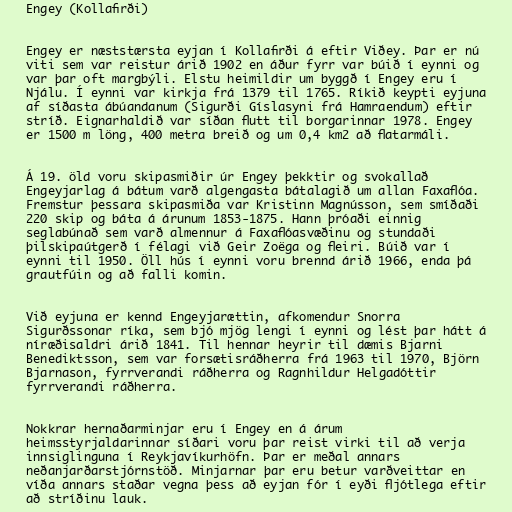
Engey (Kollafirði)

Engey er næststærsta eyjan í Kollafirði á eftir Viðey. Þar er nú
viti sem var reistur árið 1902 en áður fyrr var búið í eynni og
var þar oft margbýli. Elstu heimildir um byggð í Engey eru í
Njálu. Í eynni var kirkja frá 1379 til 1765. Ríkið keypti eyjuna
af síðasta ábúandanum (Sigurði Gíslasyni frá Hamraendum) eftir
stríð. Eignarhaldið var síðan flutt til borgarinnar 1978. Engey
er 1500 m löng, 400 metra breið og um 0,4 km2 að flatarmáli.

Á 19. öld voru skipasmiðir úr Engey þekktir og svokallað
Engeyjarlag á bátum varð algengasta bátalagið um allan Faxaflóa.
Fremstur þessara skipasmiða var Kristinn Magnússon, sem smíðaði
220 skip og báta á árunum 1853-1875. Hann þróaði einnig
seglabúnað sem varð almennur á Faxaflóasvæðinu og stundaði
þilskipaútgerð í félagi við Geir Zoëga og fleiri. Búið var í
eynni til 1950. Öll hús í eynni voru brennd árið 1966, enda þá
grautfúin og að falli komin.

Við eyjuna er kennd Engeyjarættin, afkomendur Snorra
Sigurðssonar ríka, sem bjó mjög lengi í eynni og lést þar hátt á
níræðisaldri árið 1841. Til hennar heyrir til dæmis Bjarni
Benediktsson, sem var forsætisráðherra frá 1963 til 1970, Björn
Bjarnason, fyrrverandi ráðherra og Ragnhildur Helgadóttir
fyrrverandi ráðherra.

Nokkrar hernaðarminjar eru í Engey en á árum
heimsstyrjaldarinnar síðari voru þar reist virki til að verja
innsiglinguna í Reykjavíkurhöfn. Þar er meðal annars
neðanjarðarstjórnstöð. Minjarnar þar eru betur varðveittar en
víða annars staðar vegna þess að eyjan fór í eyði fljótlega eftir
að stríðinu lauk.